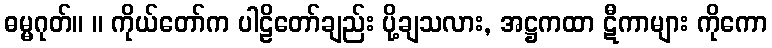
ဓမ္မဂုတ်။ ။ ကိုယ်တော်က ပါဠိတော်ချည်း ပို့ချသလား, အဋ္ဌကထာ ဋီကာများ ကိုကော